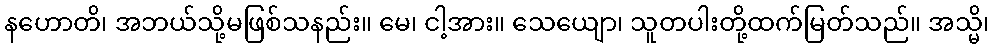
နဟောတိ၊ အဘယ်သို့မဖြစ်သနည်း။ မေ၊ ငါ့အား။ သေယျော၊ သူတပါးတို့ထက်မြတ်သည်။ အသ္မိ၊